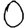
Digit: 0